Burma Government Medical School reports 1907-22
Year: 1907
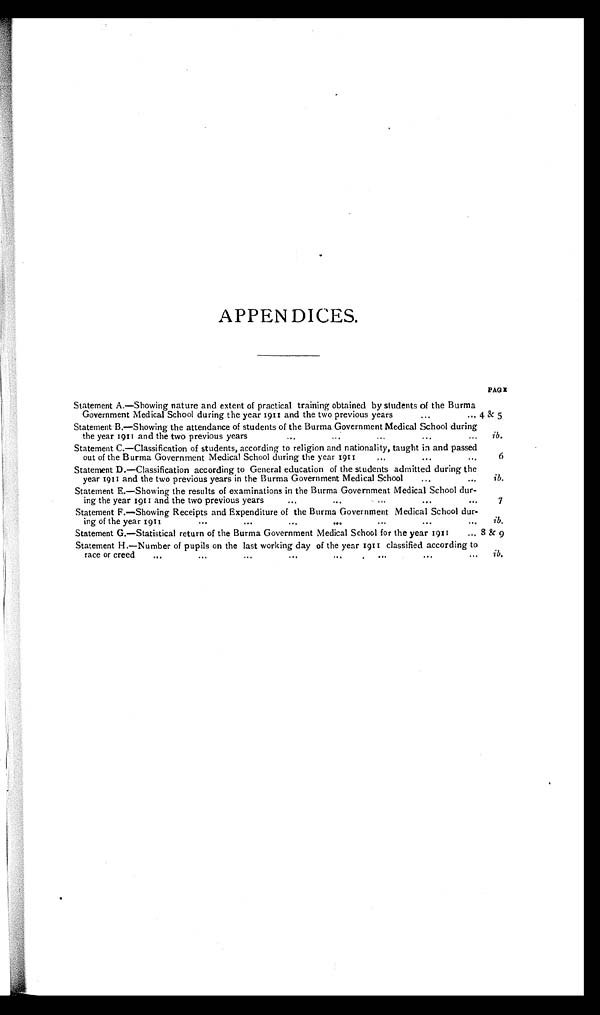
APPENDICES.
PAGE
Statement A.—Showing nature and extent of practical training obtained by students of the Burma
4 & 5
Government Medical School during the year 1911 and the two previous years
...
...
Statement B.—Showing the attendance of students of the Burma Government Medical School during
the year 1911 and the two previous years
...
... . . . . . .
. . .
ib.
Statement C.—Classification of students, according to religion and nationality, taught in and passed
out of the Burma Government Medical School during the year 1911
6
Statement D.—Classification according to General education of the students admitted during the
year 1911 and the two previous years in the Burma Government Medical School
...
...
lb.
Statement E.—Showing the results of examinations in the Burma Government Medical School dur-
ing the year 1911 and the two previous years
...
...
7
Statement F.—Showing Receipts and Expenditure of the Burma Government Medical School dur-
ing of the year 1911
...
. . . ...
... ...
ib.
Statement G.—Statistical return of the Burma Government Medical School for the year 1911
... 8 & 9
Statement H.—Number of pupils on the last working day of the year 1911 classified according to
race or creed
...
...
...
... ... ...
. . .
ib.